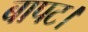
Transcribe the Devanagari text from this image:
बापट।